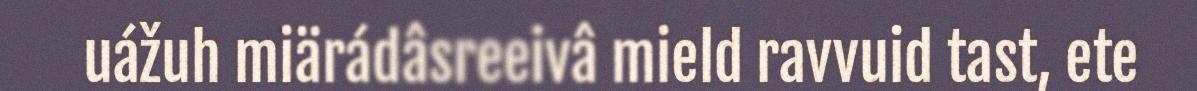
uážuh miärádâsreeivâ mield ravvuid tast, ete